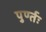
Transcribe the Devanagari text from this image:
पुर्ण्तः